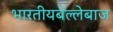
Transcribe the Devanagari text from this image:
भारतीयबल्लेबाज